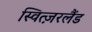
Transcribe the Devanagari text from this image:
स्वित्ज़रलैंड